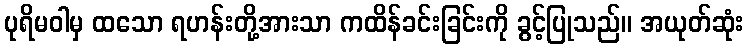
ပုရိမဝါမှ ထသော ရဟန်းတို့အားသာ ကထိန်ခင်းခြင်းကို ခွင့်ပြုသည်။ အယုတ်ဆုံး